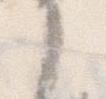
に